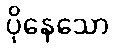
ပိုနေသော